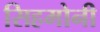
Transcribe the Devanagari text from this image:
सिहमोनी